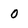
Character: 0